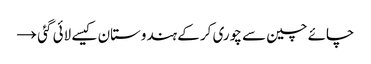
چائے چین سے چوری کر کے ہندوستان کیسے لائی گئی →